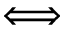
\Longleftrightarrow